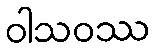
ဝါသဝဿ